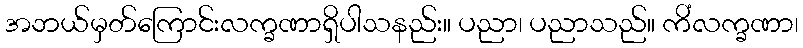
အဘယ်မှတ်ကြောင်းလက္ခဏာရှိပါသနည်း။ ပညာ၊ ပညာသည်။ ကိံလက္ခဏာ၊